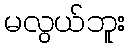
မလွယ်ဘူး